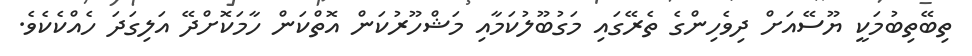
ތިބޭތިބުމަކީ ޔޫސޭއަށް ދިވެހިންގެ ތެރޭގައި މަގުބޫލުކަމާއި މަޝްހޫރުކަން އޮތްކަން ހާމަކޮށްދޭ އަލިގަދަ ހެއްކެކެވެ.